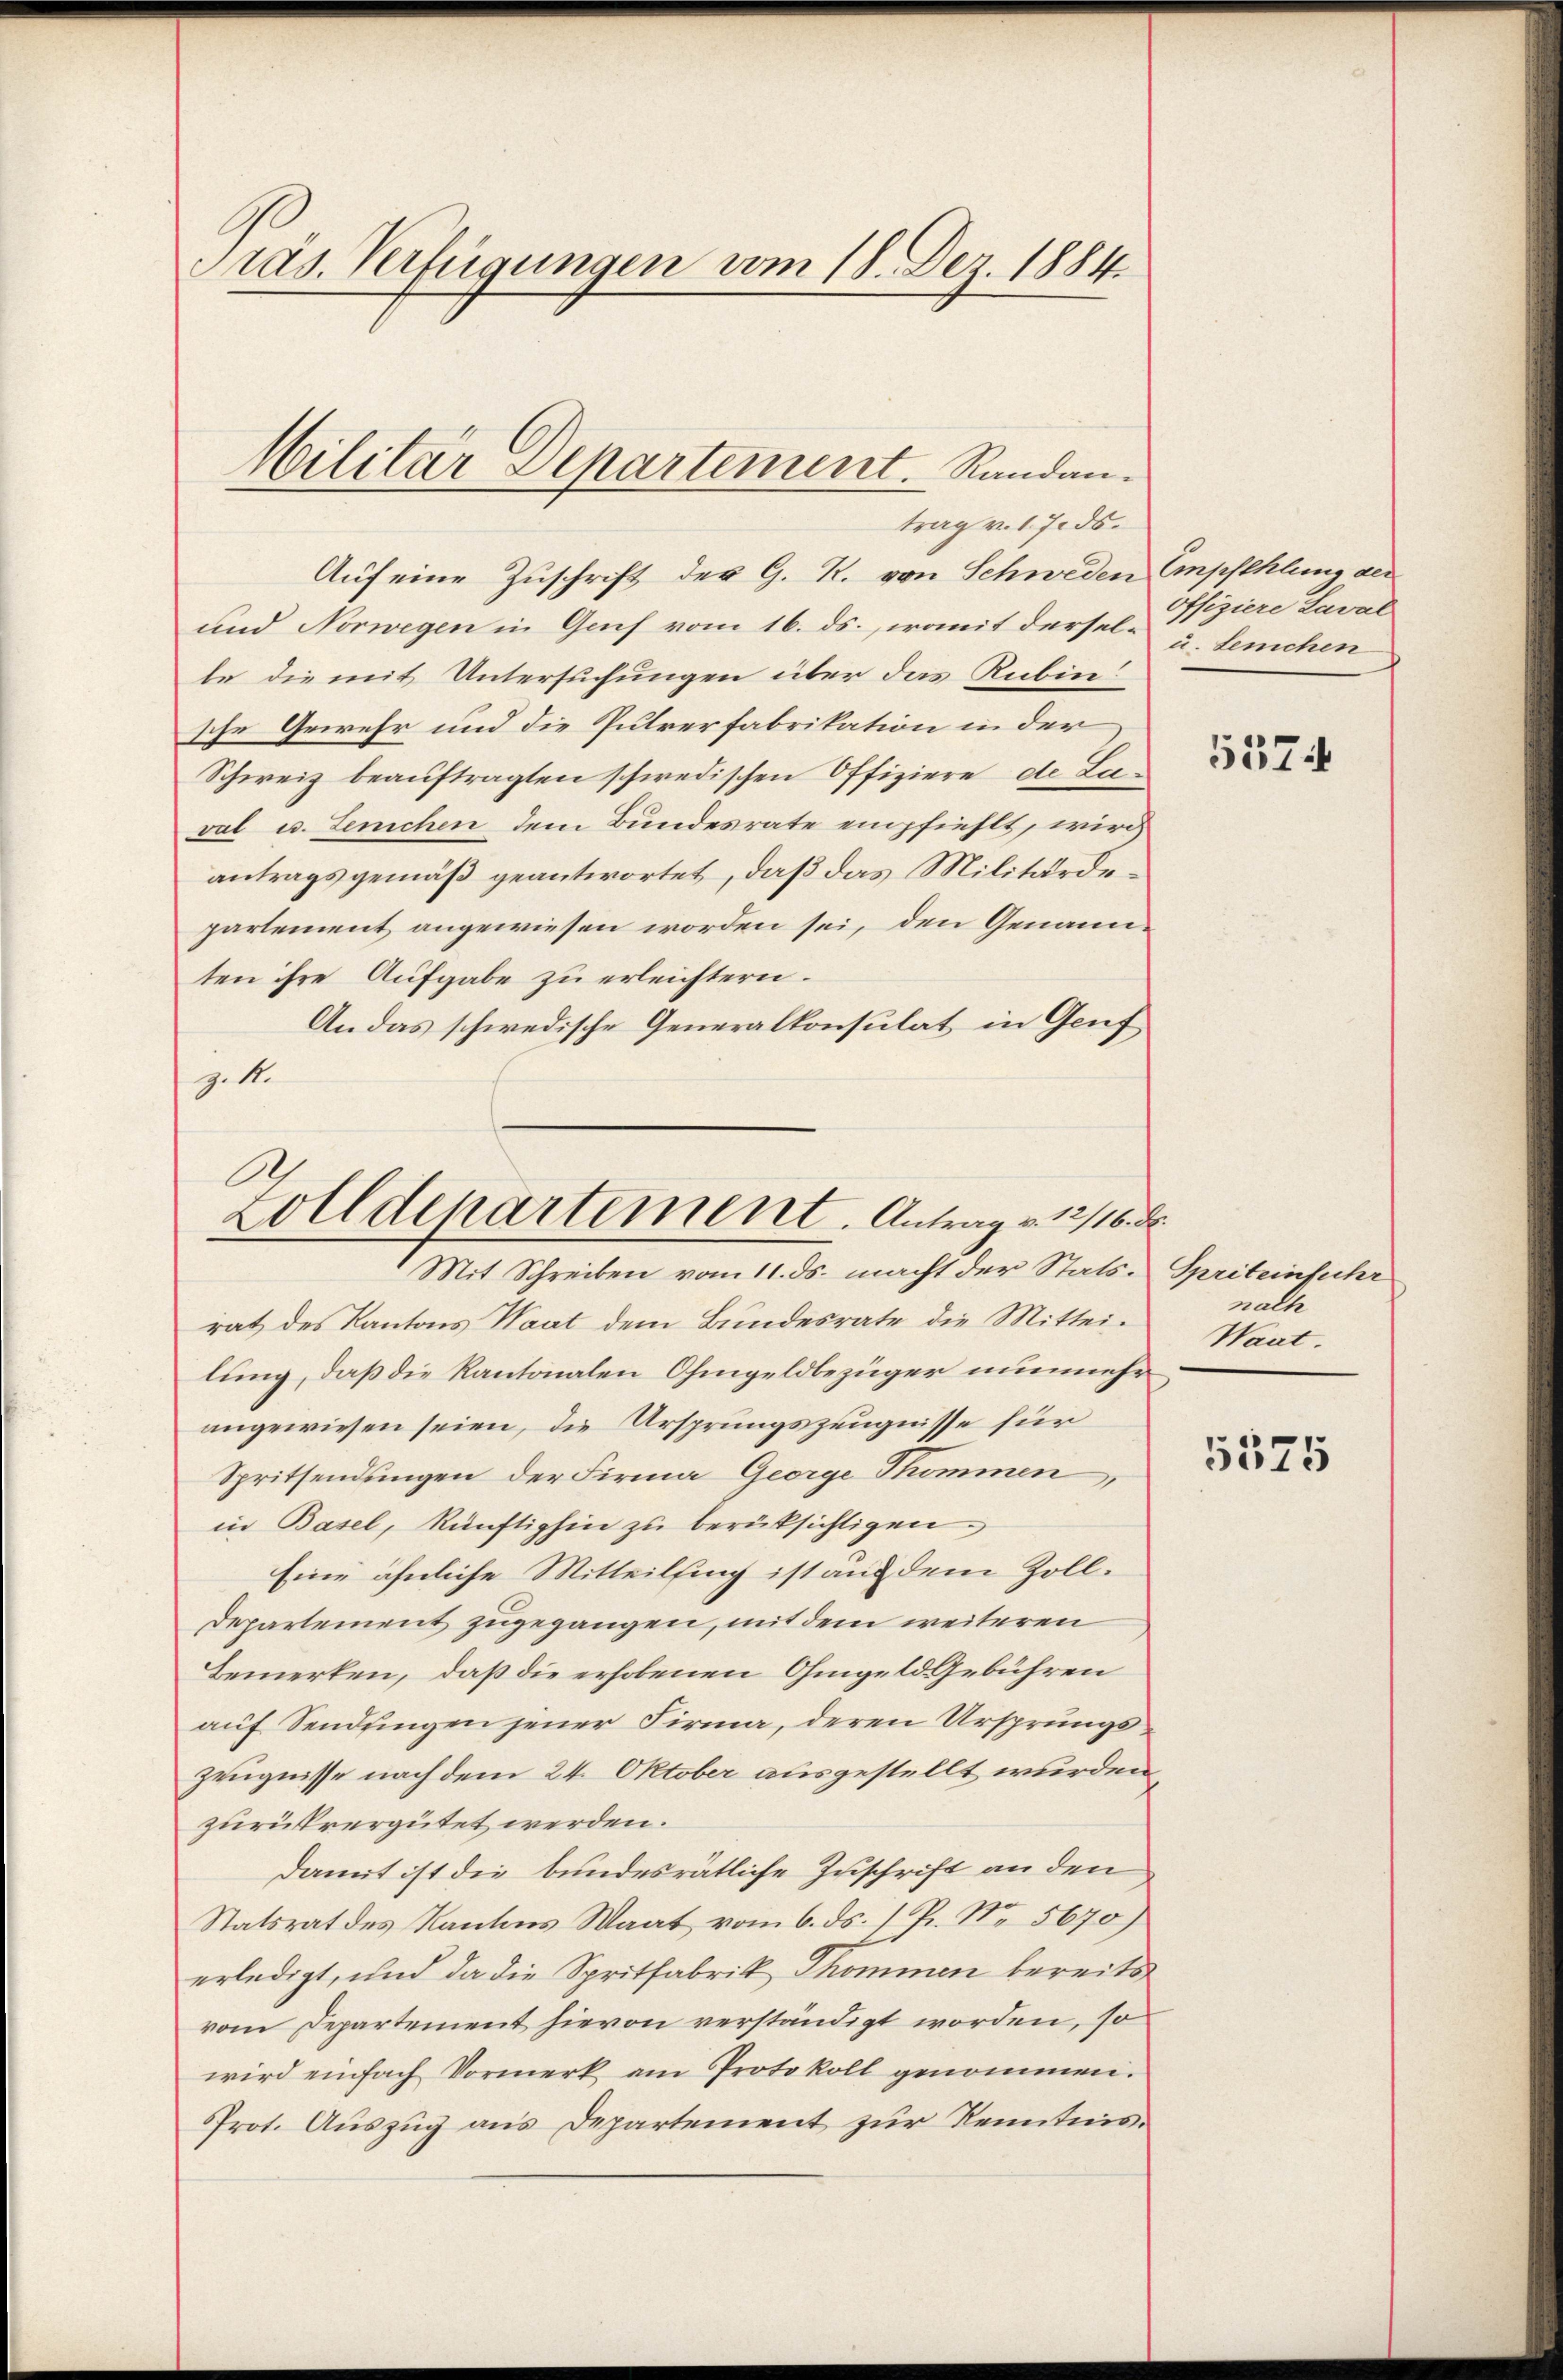
Präs. Verfügungen vom 18. Dez. 1884.

Militär Departement. Randan
trag v. 17. ds.

Auf eine Zuschrift der G. R. von Schweden Empfehlung der
und Norwegen in Gech vom 16. ds., womit dersel- u. Lenchen
te die mit Untersuchungen über das Rubin
sche Gewehr und die Putverfabrikation in der
Schweiz beauftragten schwedischen Offiziere de La
val u. Lenichen dem Bundesrate empfiehlt, wird
antragsgemäß geantwortet, daß das Militärdepartement angewiesen worden sei, den Genannten ihre Aufgabe zu erleichtern.
An das schwedische Generalkonsulat in Genf
9.1.
A
Zolldepartement. Antrag v. 12/16. Fr.

Mit Schreiben vom 11. ds. macht der Stats-Spriteinfuhr

rat des Kantons Waat dem Bundesrate die Mittei-
lung, daß die Kantonalen Ohmgeldbezüger nunmehr
angewiesen seien, die Ursprungszeugnisse für
Spritsendungen der Firma George Thommen,
in Basel, künftighin zu berüksichtigen.
Eine ähnliche Mitteilsing ist aus dem Zoll¬
Departement zugegangen, mit dem weiteren
Bemerken, daß die erhobenen Ohmgeld gebühren
auf Sendungen jener Firma, deren Ursprungs¬
Zeugnisse nach dem 24. Oktober ausgestellt wurden,
zurückvergütet werden.
damit ist die bundesrätliche Zuschrift an den
Statsrat des Kantons Saat vom 6. ds. 1 Pr. No 5670)
erledigt, und da die Spritfabrik Thommen bereits
vom Departement hievon verständigt worden, so
wird einfach Vormerk am Protokoll genommen.
Prot. Auszug aus Departement zur Kenntnis¬

Offiziere Laval

5574

nach
Waat.

5575